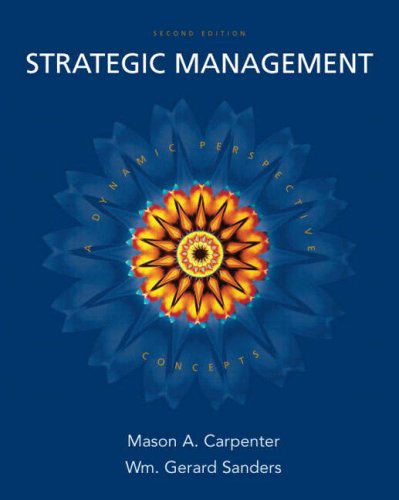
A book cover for Strategic Management: A Dynamic Perspective: Concepts, 2nd Edition; Mason A. Carpenter; Business & Money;